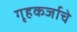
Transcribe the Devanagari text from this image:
गृहकर्जाचे